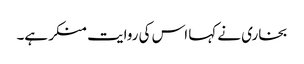
بخاری نے کہا اس کی روایت منکر ہے۔